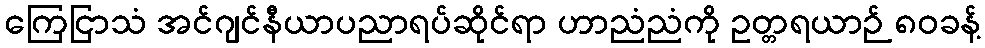
ကြေငြာသံ အင်ဂျင်နီယာပညာရပ်ဆိုင်ရာ ဟာညံညံကို ဥတ္တရယာဉ် ၈၀ခန့်